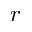
r